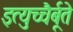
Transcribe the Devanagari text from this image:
इत्युच्चैर्बूते